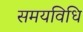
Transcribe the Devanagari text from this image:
समयविधि